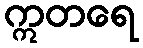
ဣတရေ